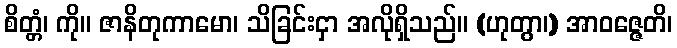
စိတ္တံ၊ ကို။ ဇာနိတုကာမော၊ သိခြင်းငှာ အလိုရှိသည်။ (ဟုတွာ၊) အာဝဇ္ဇေတိ၊